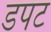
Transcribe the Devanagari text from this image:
डपट